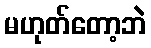
မဟုတ်တော့ဘဲ